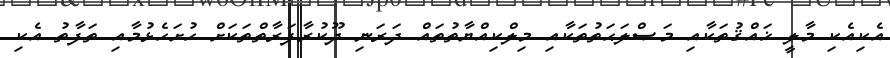
އެކިއެކި މާލީ ޚައްޤުތަކާއި މަޞްލަޙަތުތަކާއި މިލްކިއްޔާތުތައް ދަރަނި ދޫކުރާފަރާތްތަކަށް ހުށަހެޅުމާއި ތަފާތު އެކި